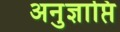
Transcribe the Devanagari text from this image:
अनुज्ञाप्ति